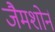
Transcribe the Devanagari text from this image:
जैमशोर्न